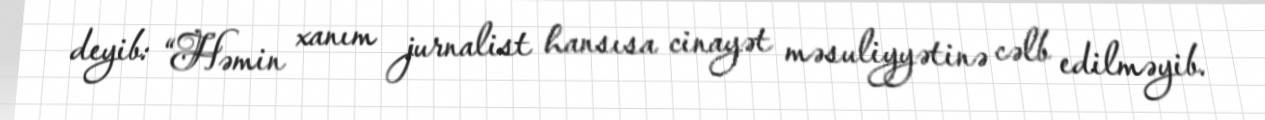
deyib: “Həmin xanım jurnalist hansısa cinayət məsuliyyətinə cəlb edilməyib.